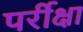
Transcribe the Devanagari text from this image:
पर्रीक्षा